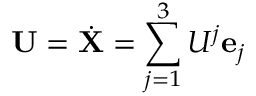
\mathbf { U } = \dot { \mathbf { X } } = \sum _ { j = 1 } ^ { 3 } U ^ { j } \mathbf { e } _ { j }